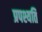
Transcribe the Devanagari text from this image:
प्रपश्यति